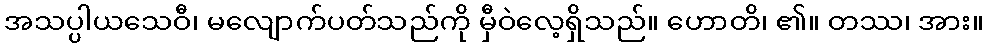
အသပ္ပါယသေဝီ၊ မလျောက်ပတ်သည်ကို မှီဝဲလေ့ရှိသည်။ ဟောတိ၊ ၏။ တဿ၊ အား။